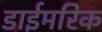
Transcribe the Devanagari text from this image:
डाईमरिक